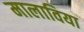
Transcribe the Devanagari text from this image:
मालाविया